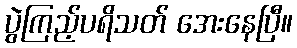
ပွဲကြည့်ပရိသတ် အေးနေပြီ။